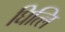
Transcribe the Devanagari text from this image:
घित्लि